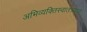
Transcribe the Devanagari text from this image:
अभिव्यक्तिस्वातंत्र्यात